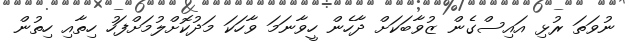
ނުވަތަ ރުޅި އައިސްގެން ޒުވާބަކަށް ދާހެން ހީވާނަމަ ވާހަކަ މަދުކޮށްލުމަށްފަހު ހިތާއި ހިތުން